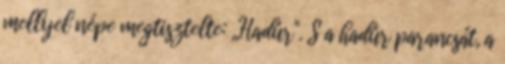
mellyel népe megtisztelte: ,,Hadúr". S a hadúr parancsát, a